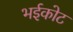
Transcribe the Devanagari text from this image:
भईकोट